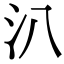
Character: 汃